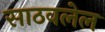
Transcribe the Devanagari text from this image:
साठवलेल